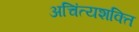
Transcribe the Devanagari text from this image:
अचिंत्यशक्ति